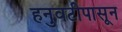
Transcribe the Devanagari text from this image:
हनुवटीपासून